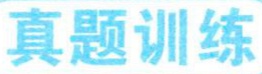
真题训练